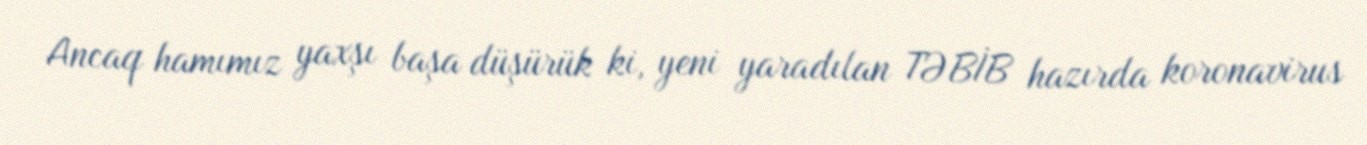
Ancaq hamımız yaxşı başa düşürük ki, yeni yaradılan TƏBİB hazırda koronavirus